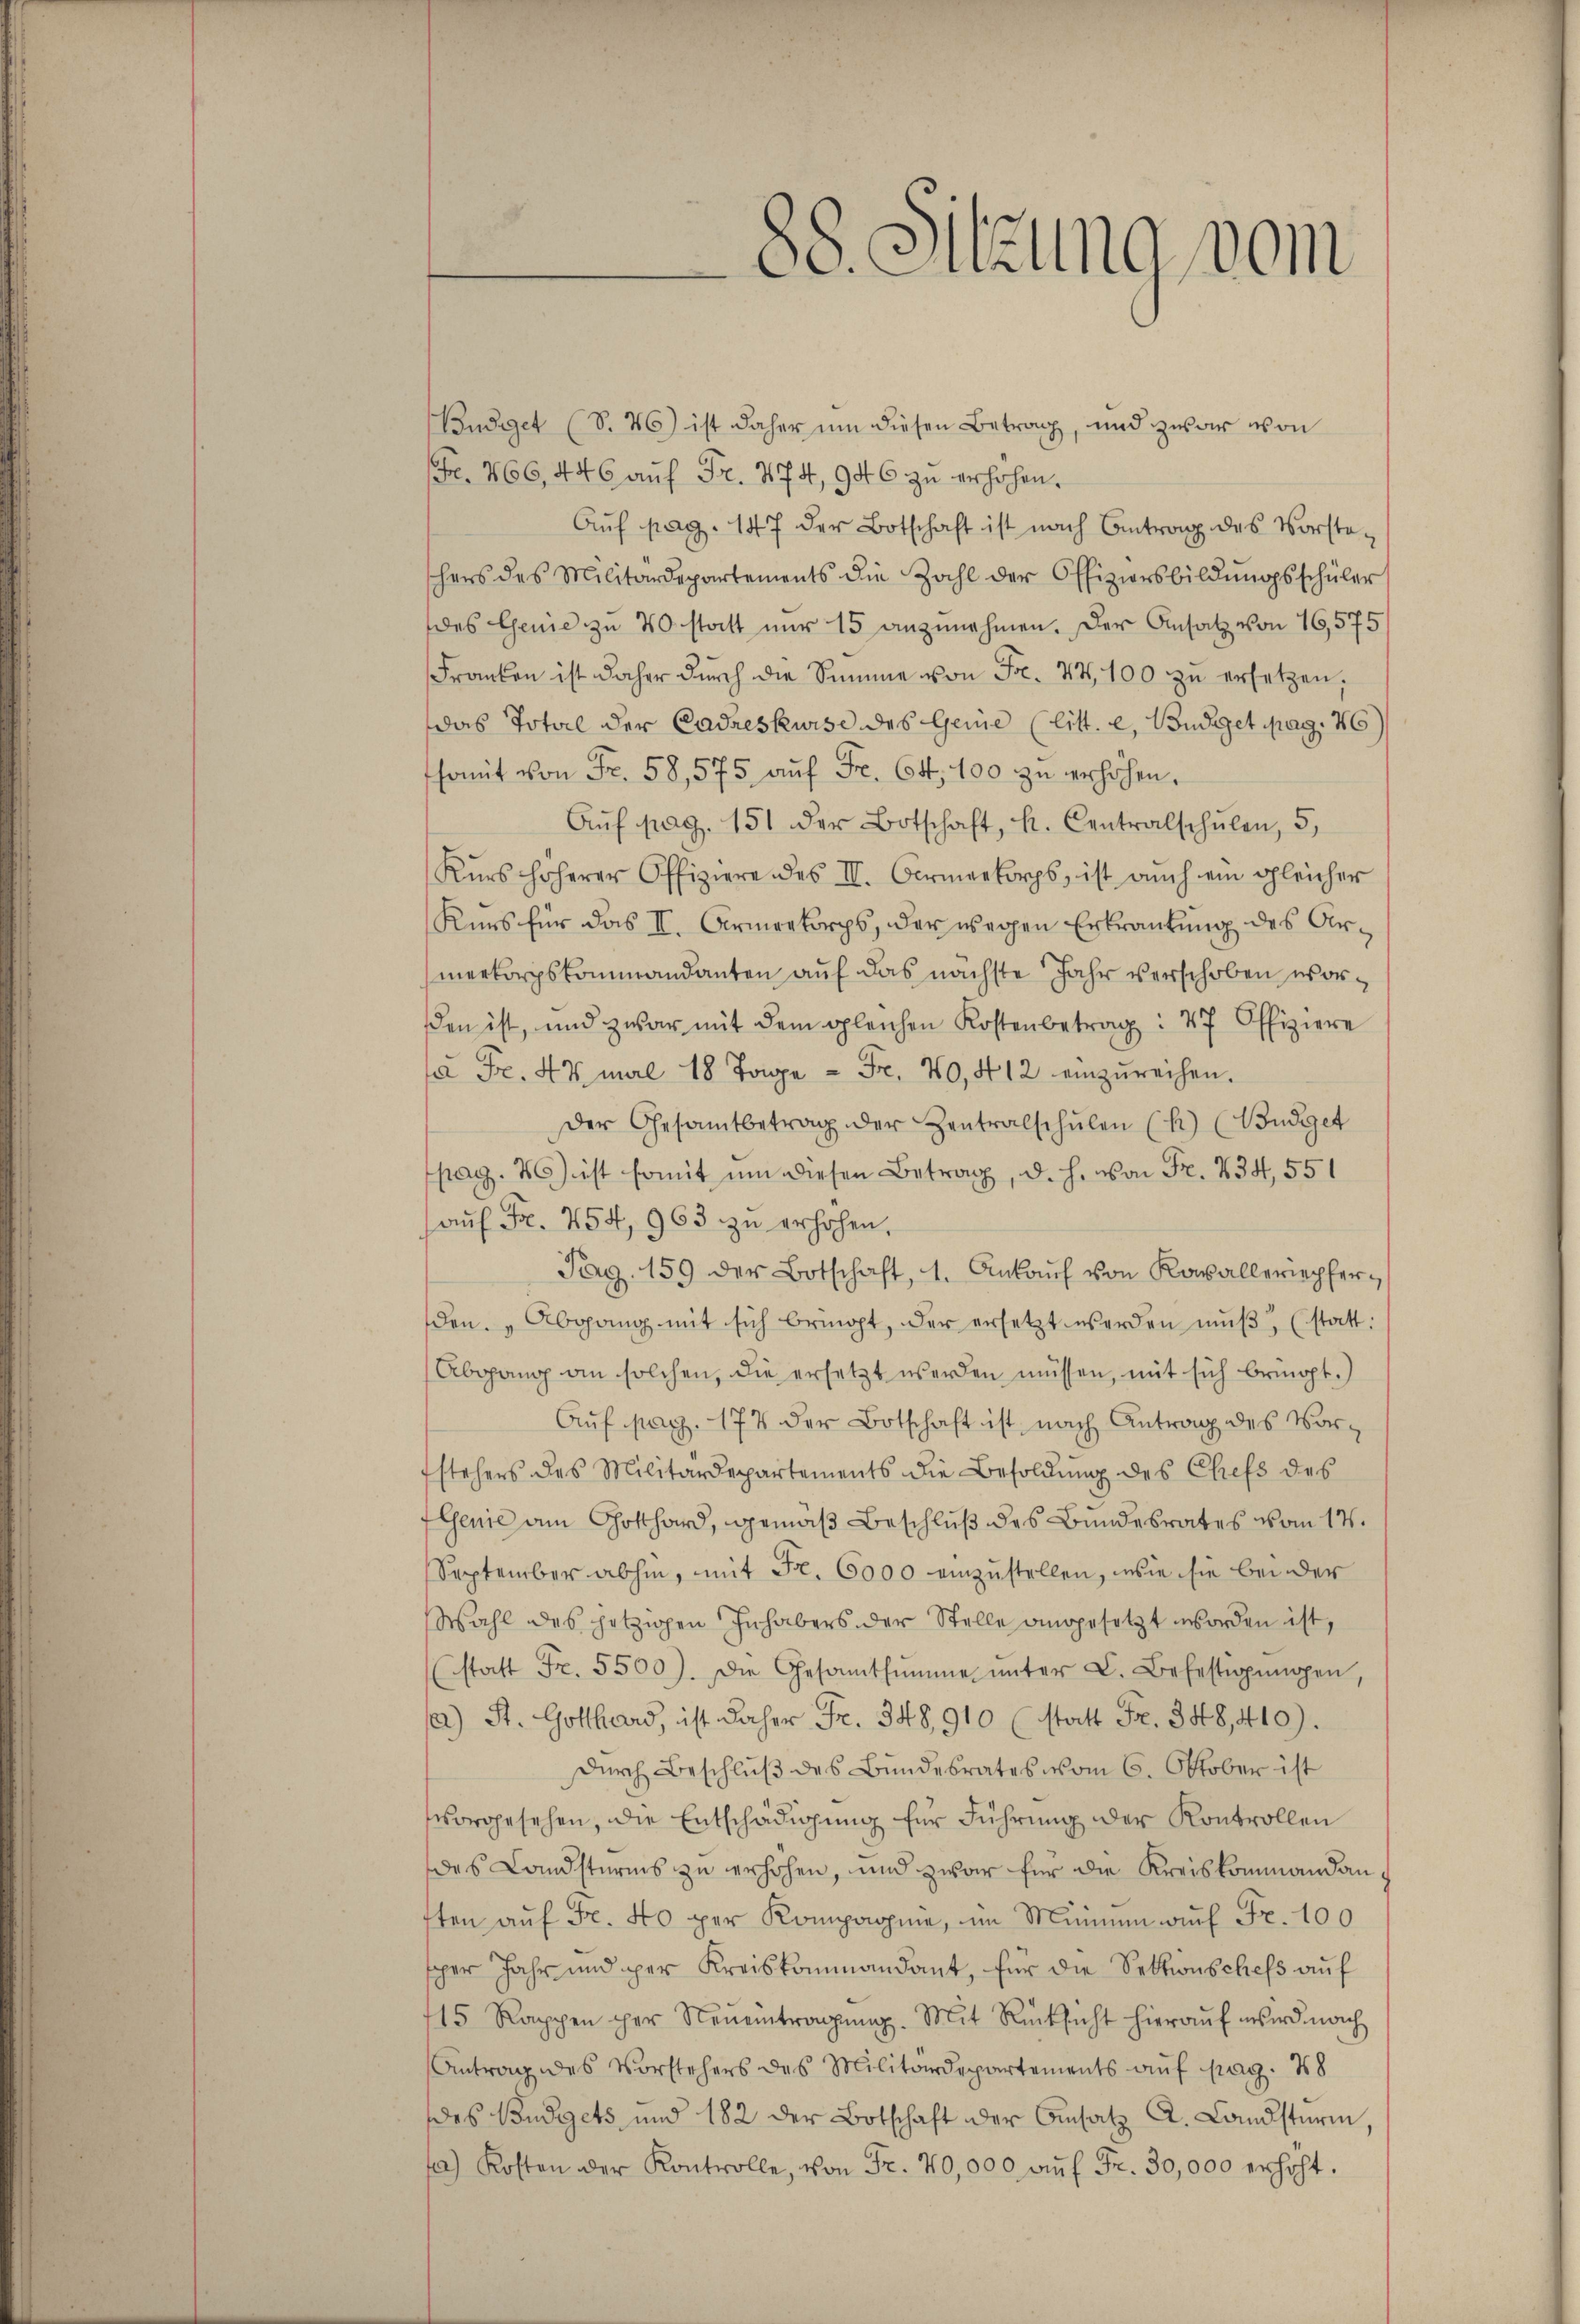
Budget (S. 46) ist daher um diesen Betrag, und zwar von
(Fr. 466, 446 aŭf Fr. 274, 946 zu erhöhen.
Aŭf pag. 147 der Botschaft ist nach Antrag des Vorste-
schens des Militärdepartements die Zahl der Offiziersbildŭngsschüler
des Genie zu 40 statt nur 15 anzunehmen. Der Ansatz von 16,575
Franken ist daher dŭrch die Summe von Fr. 44,100 zŭ ersetzen,
das Total der Cadreskurse des Genie (litt. e, Budget pag. 46)
fsomit von Fr. 58, 575 aŭf Fr. 64, 100 zŭ verhöhen.
Aŭf pag. 151 der Botschaft, k. Centralschŭlen, 5.
Kŭrs höherer Offiziere des II. Armeekorps, ist auch ein gleicher
Kurs für das II. Armeekorps, der wegen Erkrautung des Armerkorpskommandanten auf das nächste Jahr verschoben worden ist, und zwar mit dem gleichen Kostenbetrag: 47 Offiziere
/a Fr. 42 mal 18 Tage - Fr. 40, 412 einzureihen.
Der Gesamtbetrag der Zentralschŭlen (k) (Büdget
pag. 26) ist somit um diesen Betrag, d. h. von Fr. 434, 551
aŭf Fr. 254, 963 zu erhöhen,
Pag. 159 der Botschaft, 1. Ankaŭf von Kavalleriepferden. „Abgang mit sich bringt, der ersetzt werden mŭβ, (statt:
Abgang an solchen, die ersetzt werden müssen, mit sich bringt.)
Aŭf pag. 177 der Botschaft ist nach Antrag des Vor-
stehers des Militärdepartements die Besoldŭng des Chefs des
Genie am Gotthard, gemäß Beschluß des Bundesrates vom 17.
September abhin, mit Fr. 6000 einzustellen, wie sie bei der
Wahl des jetzigen Inhabers der Stelle angesetzt worden ist,
(statt Fr. 5500). Die Gesamtsumme ŭnter L. Befestigŭngen
a) St. Gotthard, ist daher Fr. 348,910 (statt Fr. 348,410).
durch Beschlŭβ des Bundesrates vom 6. Oktober ist
vorgesehen, die Entschädigung für Führung der Kontrollen
des Landsturms zu erhöhen, und zwar für die Kreiskommandan
ften aŭf Fr. 40 per Kompagnie, im Minium auf Fr. 100
sper Jahr und per Kreiskommandant, für die Sektionschefs auf
15 Rappen per Neŭeintragŭng. Mit Rücksicht hieraŭf wird nach
Antrag des Vorstehers des Militärdepartements auf pag. 48
des Budgets und 182 der Botschaft der Ansatz A. Landsturm,
a) Kosten der Kontrolle, von Fr. 70,000 aŭf Fr. 30,000 erhöht.

88. Sitzung vom